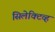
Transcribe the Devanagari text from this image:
सिलेक्टिव्ह